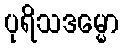
ပုရိသဒမ္မော